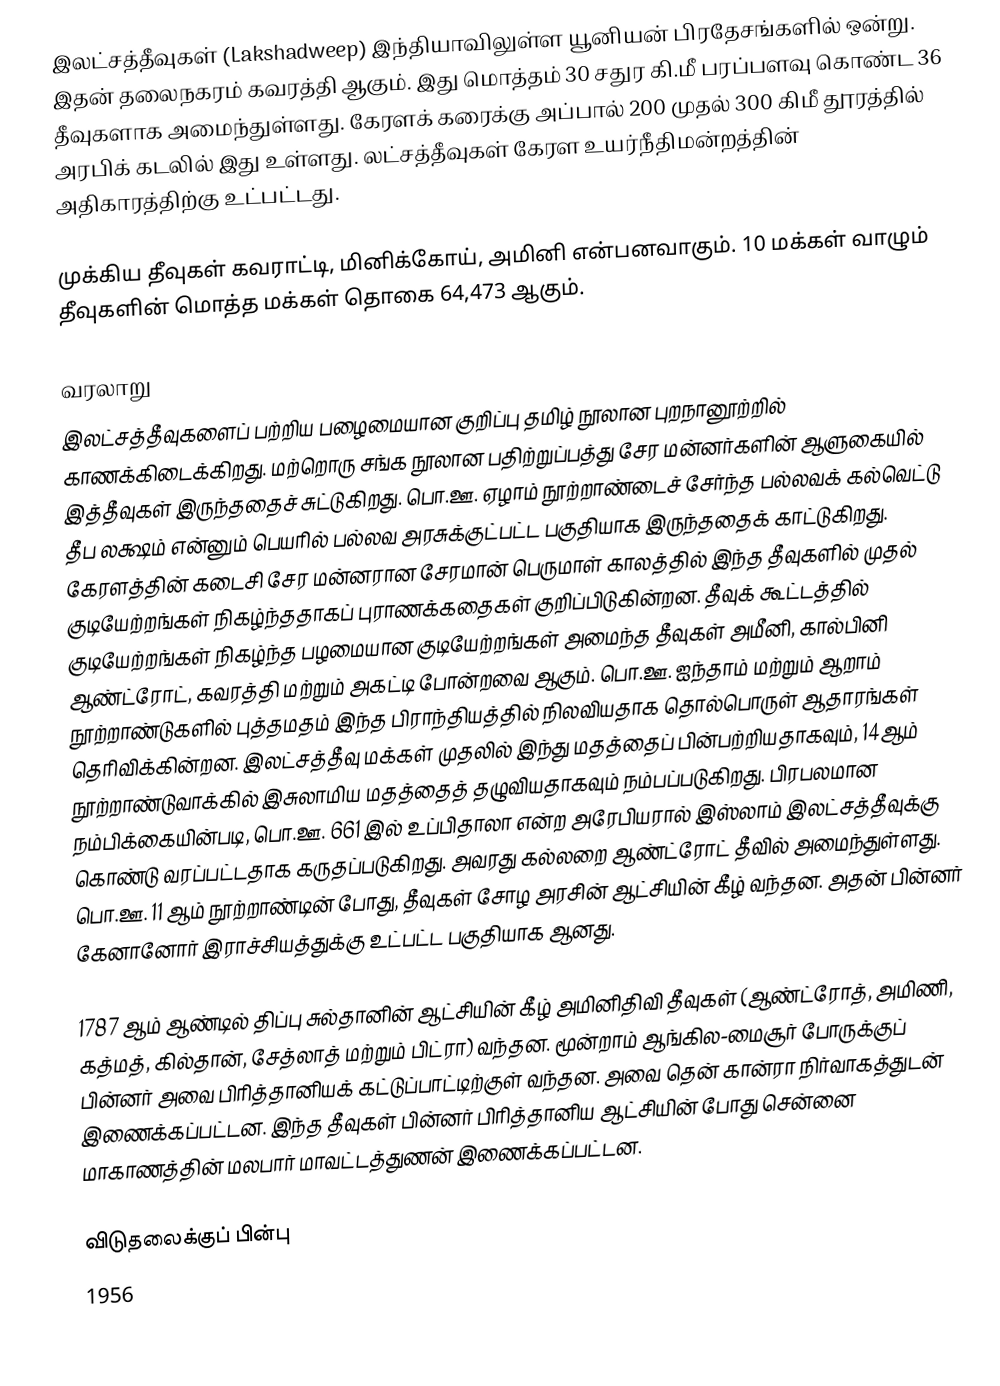
இலட்சத்தீவுகள் (Lakshadweep) இந்தியாவிலுள்ள யூனியன் பிரதேசங்களில் ஒன்று. இதன் தலைநகரம் கவரத்தி ஆகும். இது மொத்தம் 30 சதுர கி.மீ பரப்பளவு கொண்ட 36 தீவுகளாக அமைந்துள்ளது. கேரளக் கரைக்கு அப்பால் 200 முதல் 300 கிமீ தூரத்தில் அரபிக் கடலில் இது உள்ளது. லட்சத்தீவுகள் கேரள உயர்நீதிமன்றத்தின் அதிகாரத்திற்கு உட்பட்டது.

முக்கிய தீவுகள் கவராட்டி, மினிக்கோய், அமினி என்பனவாகும். 10 மக்கள் வாழும் தீவுகளின் மொத்த மக்கள் தொகை  64,473 ஆகும்.

வரலாறு
இலட்சத்தீவுகளைப் பற்றிய பழைமையான குறிப்பு தமிழ் நூலான புறநானூற்றில் காணக்கிடைக்கிறது. மற்றொரு சங்க நூலான பதிற்றுப்பத்து சேர மன்னர்களின் ஆளுகையில் இத்தீவுகள் இருந்ததைச் சுட்டுகிறது. பொ.ஊ. ஏழாம் நூற்றாண்டைச் சேர்ந்த பல்லவக் கல்வெட்டு தீப லக்ஷம் என்னும் பெயரில் பல்லவ அரசுக்குட்பட்ட பகுதியாக இருந்ததைக் காட்டுகிறது. கேரளத்தின் கடைசி சேர மன்னரான சேரமான் பெருமாள் காலத்தில் இந்த தீவுகளில் முதல் குடியேற்றங்கள் நிகழ்ந்ததாகப் புராணக்கதைகள் குறிப்பிடுகின்றன. தீவுக் கூட்டத்தில் குடியேற்றங்கள் நிகழ்ந்த பழமையான குடியேற்றங்கள் அமைந்த தீவுகள் அமீனி, கால்பினி ஆண்ட்ரோட், கவரத்தி மற்றும் அகட்டி போன்றவை ஆகும். பொ.ஊ. ஐந்தாம் மற்றும் ஆறாம் நூற்றாண்டுகளில் புத்தமதம் இந்த பிராந்தியத்தில் நிலவியதாக தொல்பொருள் ஆதாரங்கள் தெரிவிக்கின்றன. இலட்சத்தீவு மக்கள் முதலில் இந்து மதத்தைப் பின்பற்றியதாகவும், 14ஆம் நூற்றாண்டுவாக்கில் இசுலாமிய மதத்தைத் தழுவியதாகவும் நம்பப்படுகிறது. பிரபலமான நம்பிக்கையின்படி, பொ.ஊ. 661 இல் உப்பிதாலா என்ற அரேபியரால் இஸ்லாம் இலட்சத்தீவுக்கு கொண்டு வரப்பட்டதாக கருதப்படுகிறது. அவரது கல்லறை ஆண்ட்ரோட் தீவில் அமைந்துள்ளது. பொ.ஊ. 11 ஆம் நூற்றாண்டின் போது, தீவுகள் சோழ அரசின் ஆட்சியின் கீழ் வந்தன. அதன் பின்னர் கேனானோர் இராச்சியத்துக்கு உட்பட்ட பகுதியாக ஆனது.

1787 ஆம் ஆண்டில் திப்பு சுல்தானின் ஆட்சியின் கீழ் அமினிதிவி தீவுகள் (ஆண்ட்ரோத், அமிணி, கத்மத், கில்தான், சேத்லாத் மற்றும் பிட்ரா) வந்தன.  மூன்றாம் ஆங்கில-மைசூர் போருக்குப் பின்னர் அவை பிரித்தானியக் கட்டுப்பாட்டிற்குள் வந்தன. அவை தென் கான்ரா நிர்வாகத்துடன் இணைக்கப்பட்டன.  இந்த தீவுகள் பின்னர் பிரித்தானிய ஆட்சியின் போது சென்னை மாகாணத்தின் மலபார் மாவட்டத்துணன் இணைக்கப்பட்டன.

விடுதலைக்குப் பின்பு
1956